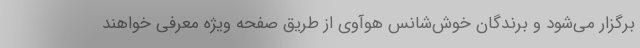
برگزار می‌شود و برندگان خوش‌شانس هوآوی از طریق صفحه ویژه معرفی خواهند